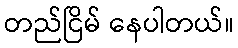
တည်ငြိမ် နေပါတယ်။